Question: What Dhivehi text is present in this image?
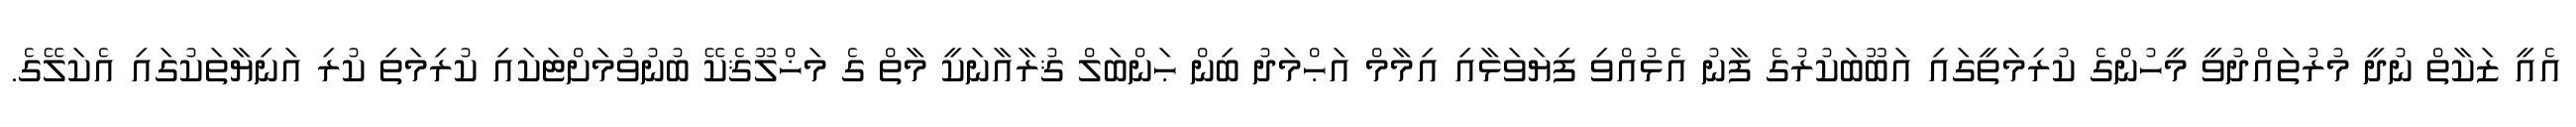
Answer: އެއީ ޒަކާތް ނުދީ މުރުތައްދުވީ މީހުންގެ ކުރިމަތީގައި އަބޫބަކުރުގެ ފާނު އެޅުއްވި ފިޔަވަޅާއި އިމާމް އަޙްމަދު ބިން ޙަންބަލް ޤުރާއާނަކީ މާތް ގެ މަޚްލޫޤެކޭ ބުނުވުމަށްޓަކައި ކުރިމަތި ކުރި އަނިޔާތަކުގައި އެކަލޭގެ.